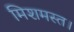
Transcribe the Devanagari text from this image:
मिशमस्त।